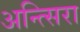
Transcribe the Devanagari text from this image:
अन्त्सिरा